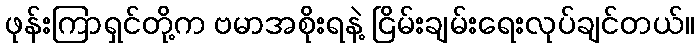
ဖုန်းကြာရှင်တို့က ဗမာအစိုးရနဲ့ ငြိမ်းချမ်းရေးလုပ်ချင်တယ်။